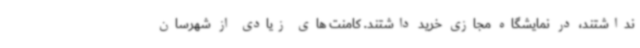
نداشتند، در نمایشگاه مجازی خرید داشتند. کامنت های زیادی از شهرسان